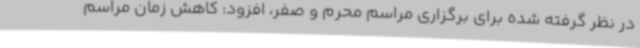
در نظر گرفته شده برای برگزاری مراسم محرم و صفر، افزود: کاهش زمان مراسم